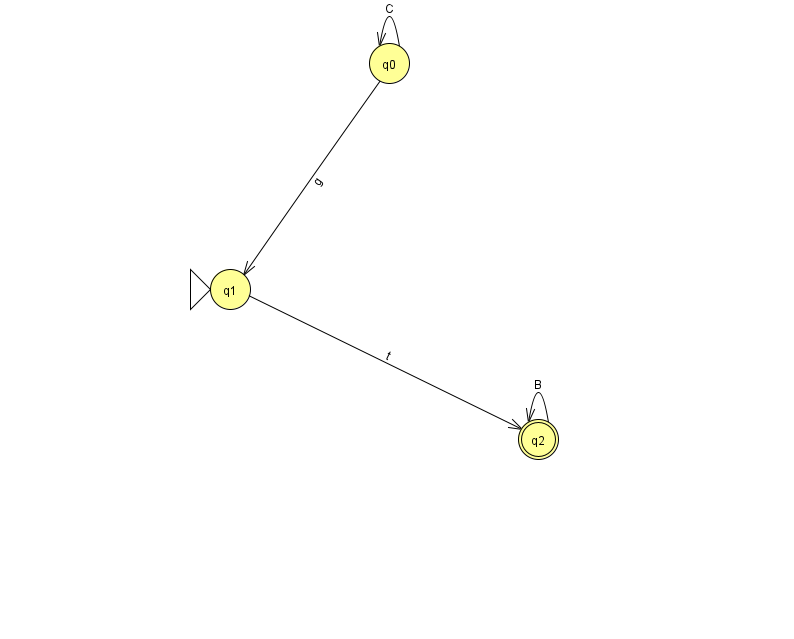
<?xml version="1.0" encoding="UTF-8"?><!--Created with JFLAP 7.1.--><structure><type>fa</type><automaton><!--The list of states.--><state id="0" name="q0"><x>389.0</x><y>50.0</y></state><state id="1" name="q1"><x>230.0</x><y>276.0</y><initial/></state><state id="2" name="q2"><x>538.0</x><y>426.0</y><final/></state><!--The list of transitions.--><transition><from>2</from><to>2</to><read>B</read></transition><transition><from>0</from><to>0</to><read>C</read></transition><transition><from>0</from><to>1</to><read>g</read></transition><transition><from>1</from><to>2</to><read>t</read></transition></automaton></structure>